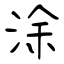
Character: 涂